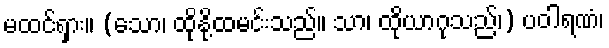
မထင်ရှား။ (သော၊ ထိုနို့ထမင်းသည်။ သာ၊ ထိုယာဂုသည်၊) ပဝါရဏံ၊